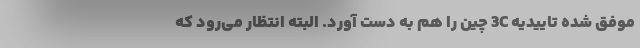
موفق شده تاییدیه 3C چین را هم به دست آورد. البته انتظار می‌رود که